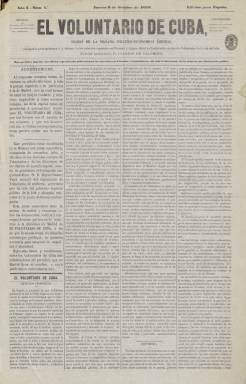
Título: El Voluntario de Cuba
Colección: Periódicos
Ámbito geográfico: Madrid
Lugar de publicación: Madrid
Fechas: 06/10/1870-18/01/1871

Es un “diario de la mañana político-económico liberal, consagrado principalmente a la defensa de los intereses españoles en Ultramar y órgano oficial del benemérito cuerpo de Voluntarios de la Isla de Cuba” –indica su extenso subtítulo–, que empieza a publicarse el seis de octubre de 1870, durante la denominada Guerra de los Diez Años (1868-1878), la primera de las tres contiendas libradas por la independencia de esta colonia, entonces “provincia” española. Su director-propietario, Joaquín de Palomino, había regresado fechas antes a Madrid, desde la isla caribeña, como teniente de la primera Batería de la Brigada Montada de Voluntarios de Artillería, de esta fuerza integrada en la década de los setenta del siglo XIX por entre 40 y 50.000 “combatientes”, como tropas de reserva del ejército español, de las que entre 15.000 y 20.000 estaban asentadas en La Habana, según señala José Joaquín Ribó en las obras que publica en esa época sobre la historia de los Voluntarios de Cuba.

La colección de este título en la Biblioteca Nacional de España alcanza hasta su número 88, de dieciocho de enero de 1871. Se trata de la “edición para España”, pues, en su cabecera también se indica que “este periódico imprime una edición especial cada quincena para los suscritores de Ultramar, recopilando en ella todo lo interesante de los números que diariamente publica”. Son entregas de cuatro páginas, compuestas a cuatro columnas, en una limpia tipografía, que salían de la Imprenta de La Opinión Nacional, a cargo de J. López. El periódico tenía constituida en La Habana una junta consultiva, compuesta de coroneles, jefes y oficiales de los distintos cuerpos de Voluntarios, y de los directores de los diarios habaneros, que tenía como misión recibir y examinar todos los documentos, noticias y correspondencias que se remitieran a la redacción del diario establecida en Madrid, a fin de que lo que publicara tuviera la “garantía necesaria para asegurar su exactitud e idoneidad”, tal como se señala en el mismo periódico.

La primera página del diario contiene, generalmente, el editorial y artículos políticos, dejando las dos siguientes para dar resúmenes de lo publicado en la prensa española, europea, de Estados Unidos o de la América española, sobre cuestiones relativas a estas cuestiones coloniales, preferentemente. En la última o dos últimas planas sus contenidos se estructuran en secciones fijas, como Gacetillas, Espectáculos para hoy, Sección religiosa (cultos), Observatorio de Madrid (meteorología), Variedades, Correspondencia de España, Noticias generales, Parte oficial, Última hora, Bolsa de Madrid o Revista financiera, además de insertar algunos anuncios comerciales. También publica Partes telegráficos de agencias de noticias, como Fabra o Havas, y comentarios políticos, abriendo también una sección de Cortes constituyentes.

En su editorial de presentación señaló haber “llegado el momento de que la opinión pública de la Isla de Cuba” tuviera “eco imparcial en la capital de la metrópoli, que la represente y sostenga en la prensa periódica”, para la “defensa de los intereses españoles en Ultramar”. Todos los “voluntarios” de Cuba eran considerados colaboradores del periódico. Palomino había dado previamente a la estampa, ese mismo año 1870, en La Habana, un volumen formado con las protestas y textos publicados en periódicos madrileños, en contestación a lo que consideraba “injurias y calumnias” proferidas contra los voluntarios por el abogado y periodista Francisco Díaz Quintero (1819-1878), entonces diputado por Huelva por el Partido Republicano Democrático Federal, liderado por Francisco Pi i Margall (1924-1901), y amigo del líder cubano José Martí (1853-1895); en concreto, al haber acusado a los voluntarios de “pretorianos” durante el debate constituyente, el 13 de junio de 1870. Estas fuerzas voluntarias serían administradas por una Subinspección General dependiente del Ministerio de la Guerra.